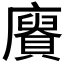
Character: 𮚥